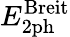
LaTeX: E_{\mathrm{2ph}}^{\mathrm{Breit}}